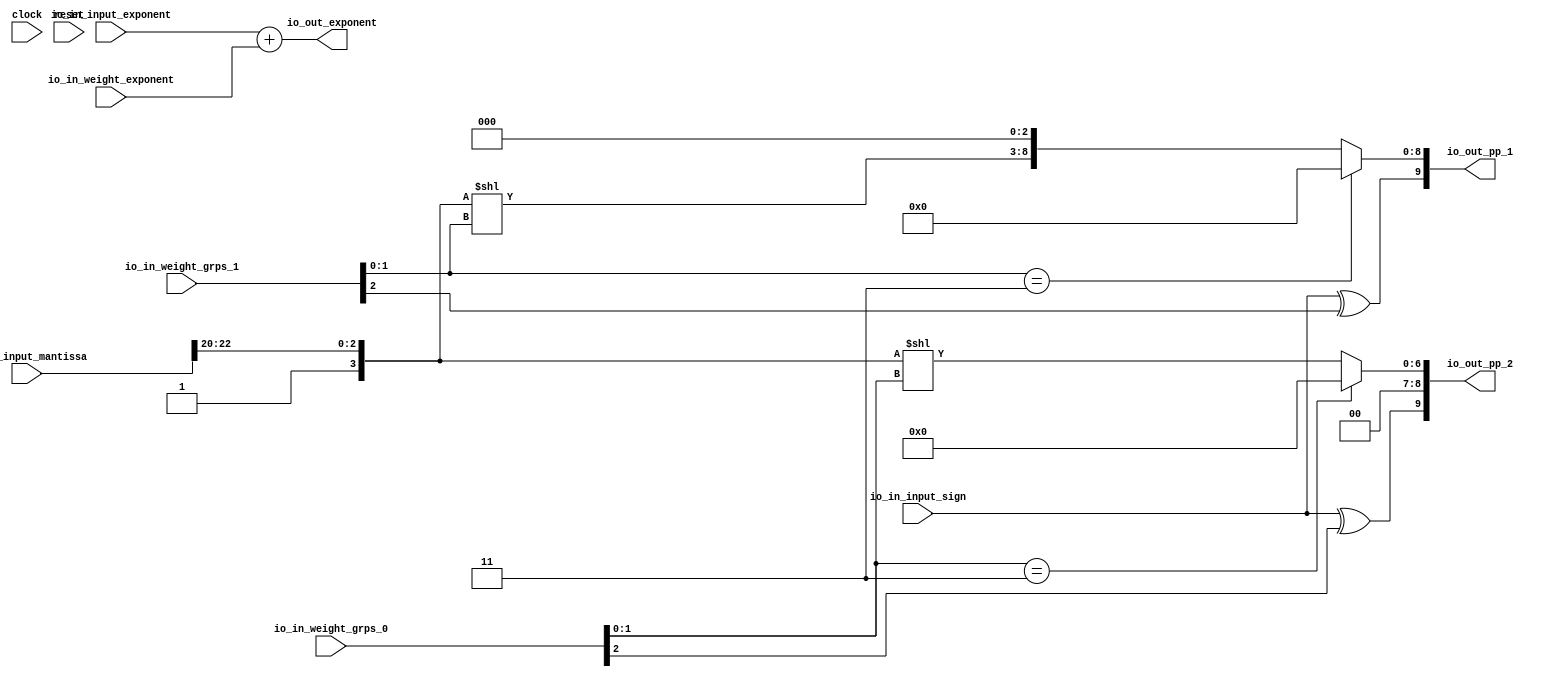
module PPGenerator( // @[:@3.2]
  input         clock, // @[:@4.4]
  input         reset, // @[:@5.4]
  input         io_in_input_sign, // @[:@6.4]
  input  [7:0]  io_in_input_exponent, // @[:@6.4]
  input  [22:0] io_in_input_mantissa, // @[:@6.4]
  input  [2:0]  io_in_weight_grps_0, // @[:@6.4]
  input  [2:0]  io_in_weight_grps_1, // @[:@6.4]
  input  [7:0]  io_in_weight_exponent, // @[:@6.4]
  output [9:0]  io_out_pp_1, // @[:@6.4]
  output [9:0]  io_out_pp_2, // @[:@6.4]
  output [8:0]  io_out_exponent // @[:@6.4]
);
  wire [1:0] _T_47; // @[PPGenerator.scala 24:38:@10.4]
  wire  _T_49; // @[PPGenerator.scala 24:44:@11.4]
  wire [2:0] _T_52; // @[PPGenerator.scala 24:97:@12.4]
  wire [3:0] _T_53; // @[Cat.scala 30:58:@13.4]
  wire [6:0] _GEN_0; // @[PPGenerator.scala 24:106:@15.4]
  wire [6:0] _T_55; // @[PPGenerator.scala 24:106:@15.4]
  wire [9:0] _GEN_1; // @[PPGenerator.scala 24:135:@16.4]
  wire [9:0] _T_56; // @[PPGenerator.scala 24:135:@16.4]
  wire [9:0] _T_57; // @[PPGenerator.scala 24:17:@17.4]
  wire [1:0] _T_58; // @[PPGenerator.scala 25:38:@19.4]
  wire  _T_60; // @[PPGenerator.scala 25:44:@20.4]
  wire [6:0] _T_66; // @[PPGenerator.scala 25:106:@24.4]
  wire [6:0] _T_67; // @[PPGenerator.scala 25:17:@25.4]
  wire  _T_68; // @[PPGenerator.scala 27:61:@27.4]
  wire  _T_69; // @[PPGenerator.scala 27:39:@28.4]
  wire [8:0] pp1_tmp; // @[PPGenerator.scala 21:21:@8.4 PPGenerator.scala 24:11:@18.4]
  wire  _T_71; // @[PPGenerator.scala 28:61:@31.4]
  wire  _T_72; // @[PPGenerator.scala 28:39:@32.4]
  wire [8:0] pp2_tmp; // @[PPGenerator.scala 22:21:@9.4 PPGenerator.scala 25:11:@26.4]
  assign _T_47 = io_in_weight_grps_1[1:0]; // @[PPGenerator.scala 24:38:@10.4]
  assign _T_49 = _T_47 == 2'h3; // @[PPGenerator.scala 24:44:@11.4]
  assign _T_52 = io_in_input_mantissa[22:20]; // @[PPGenerator.scala 24:97:@12.4]
  assign _T_53 = {1'h1,_T_52}; // @[Cat.scala 30:58:@13.4]
  assign _GEN_0 = {{3'd0}, _T_53}; // @[PPGenerator.scala 24:106:@15.4]
  assign _T_55 = _GEN_0 << _T_47; // @[PPGenerator.scala 24:106:@15.4]
  assign _GEN_1 = {{3'd0}, _T_55}; // @[PPGenerator.scala 24:135:@16.4]
  assign _T_56 = _GEN_1 << 3; // @[PPGenerator.scala 24:135:@16.4]
  assign _T_57 = _T_49 ? 10'h0 : _T_56; // @[PPGenerator.scala 24:17:@17.4]
  assign _T_58 = io_in_weight_grps_0[1:0]; // @[PPGenerator.scala 25:38:@19.4]
  assign _T_60 = _T_58 == 2'h3; // @[PPGenerator.scala 25:44:@20.4]
  assign _T_66 = _GEN_0 << _T_58; // @[PPGenerator.scala 25:106:@24.4]
  assign _T_67 = _T_60 ? 7'h0 : _T_66; // @[PPGenerator.scala 25:17:@25.4]
  assign _T_68 = io_in_weight_grps_1[2]; // @[PPGenerator.scala 27:61:@27.4]
  assign _T_69 = io_in_input_sign ^ _T_68; // @[PPGenerator.scala 27:39:@28.4]
  assign pp1_tmp = _T_57[8:0]; // @[PPGenerator.scala 21:21:@8.4 PPGenerator.scala 24:11:@18.4]
  assign _T_71 = io_in_weight_grps_0[2]; // @[PPGenerator.scala 28:61:@31.4]
  assign _T_72 = io_in_input_sign ^ _T_71; // @[PPGenerator.scala 28:39:@32.4]
  assign pp2_tmp = {{2'd0}, _T_67}; // @[PPGenerator.scala 22:21:@9.4 PPGenerator.scala 25:11:@26.4]
  assign io_out_pp_1 = {_T_69,pp1_tmp}; // @[PPGenerator.scala 27:15:@30.4]
  assign io_out_pp_2 = {_T_72,pp2_tmp}; // @[PPGenerator.scala 28:15:@34.4]
  assign io_out_exponent = io_in_input_exponent + io_in_weight_exponent; // @[PPGenerator.scala 29:19:@36.4]
endmodule